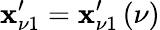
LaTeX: \mathbf{x}_{\nu1}^{\prime}=\mathbf{x}_{\nu1}^{\prime}\left(\nu\right)